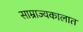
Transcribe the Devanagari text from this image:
साम्राज्यकालात